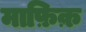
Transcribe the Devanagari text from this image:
माफ़िक़